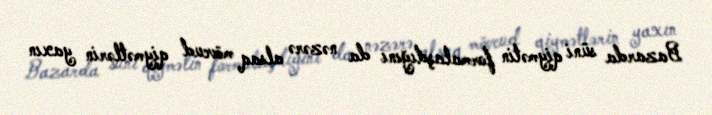
Bazarda süni qiymətin formalaşdığını da nəzərə alsaq mövcud qiymətlərin yaxın